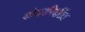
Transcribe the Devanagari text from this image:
कोडपरिवर्तित